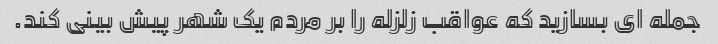
جمله ای بسازید که عواقب زلزله را بر مردم یک شهر پیش بینی کند.